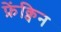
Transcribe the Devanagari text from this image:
फ्रेंक्विन